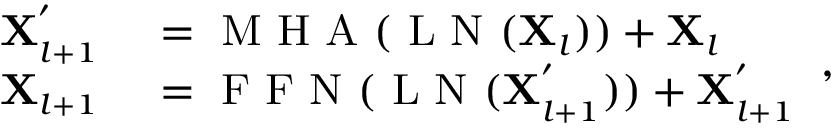
\small \begin{array} { r l } { \mathbf { X } _ { l + 1 } ^ { ' } } & { { } = \mathrm { ~ M ~ H ~ A ~ } ( \mathrm { ~ L ~ N ~ } ( \mathbf { X } _ { l } ) ) + \mathbf { X } _ { l } } \\ { \mathbf { X } _ { l + 1 } } & { { } = \mathrm { ~ F ~ F ~ N ~ } ( \mathrm { ~ L ~ N ~ } ( \mathbf { X } _ { l + 1 } ^ { ' } ) ) + \mathbf { X } _ { l + 1 } ^ { ' } } \end{array} ,